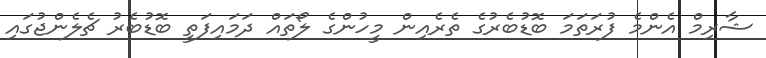
ޝާރިމް އެންމެ ފުރަތަމަ ބޮޑުބެރުގެ ތެރެއިން މީހުންގެ ލޯތައް ދަމައިފަތީ ބޮޑުބެރު ޗެލެންޖުގައި